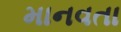
માનવતા